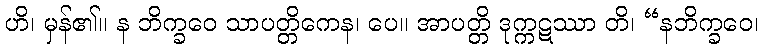
ဟိ၊ မှန်၏။ န ဘိက္ခဝေ သာပတ္တိကေန၊ ပေ။ အာပတ္တိ ဒုက္ကဋဿာ တိ၊ “နဘိက္ခဝေ၊